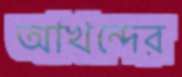
আখন্দের